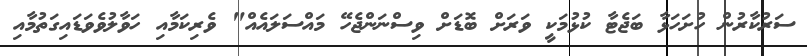
ސަރުކާރުން ހުށަހަޅާ ބަޖެޓާ ކުޅުމަކީ ވަރަށް ބޮޑަށް ވިސްނަންޖެހޭ މައްސަލައެއް" ވެރިކަމާއި ހަވާލުވެވަޑައިގަތުމާއި